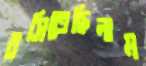
বসিতেছিলাম